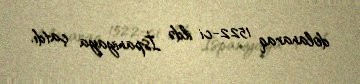
dolanaraq 1522-ci ildə İspaniyaya çatdı.